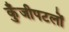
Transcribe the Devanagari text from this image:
कुँजीपटलों